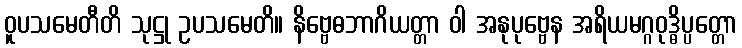
ဝူပသမေတီတိ သုဋ္ဌု ဥပသမေတိ။ နိဗ္ဗေဓဘာဂိယတ္တာ ဝါ အနုပုဗ္ဗေန အရိယမဂ္ဂဝုဒ္ဓိပ္ပတ္တော